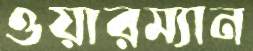
ওয়ারম্যান